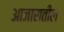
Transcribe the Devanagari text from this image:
आजारातील